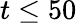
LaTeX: t\leq 50